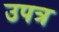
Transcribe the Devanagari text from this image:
उपत्र